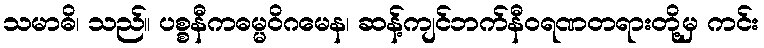
သမာဓိ၊ သည်။ ပစ္စနီကဓမ္မဝိဂမေန၊ ဆန့်ကျင်ဘက်နီဝရဏတရားတို့မှ ကင်း